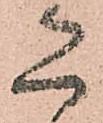
恐